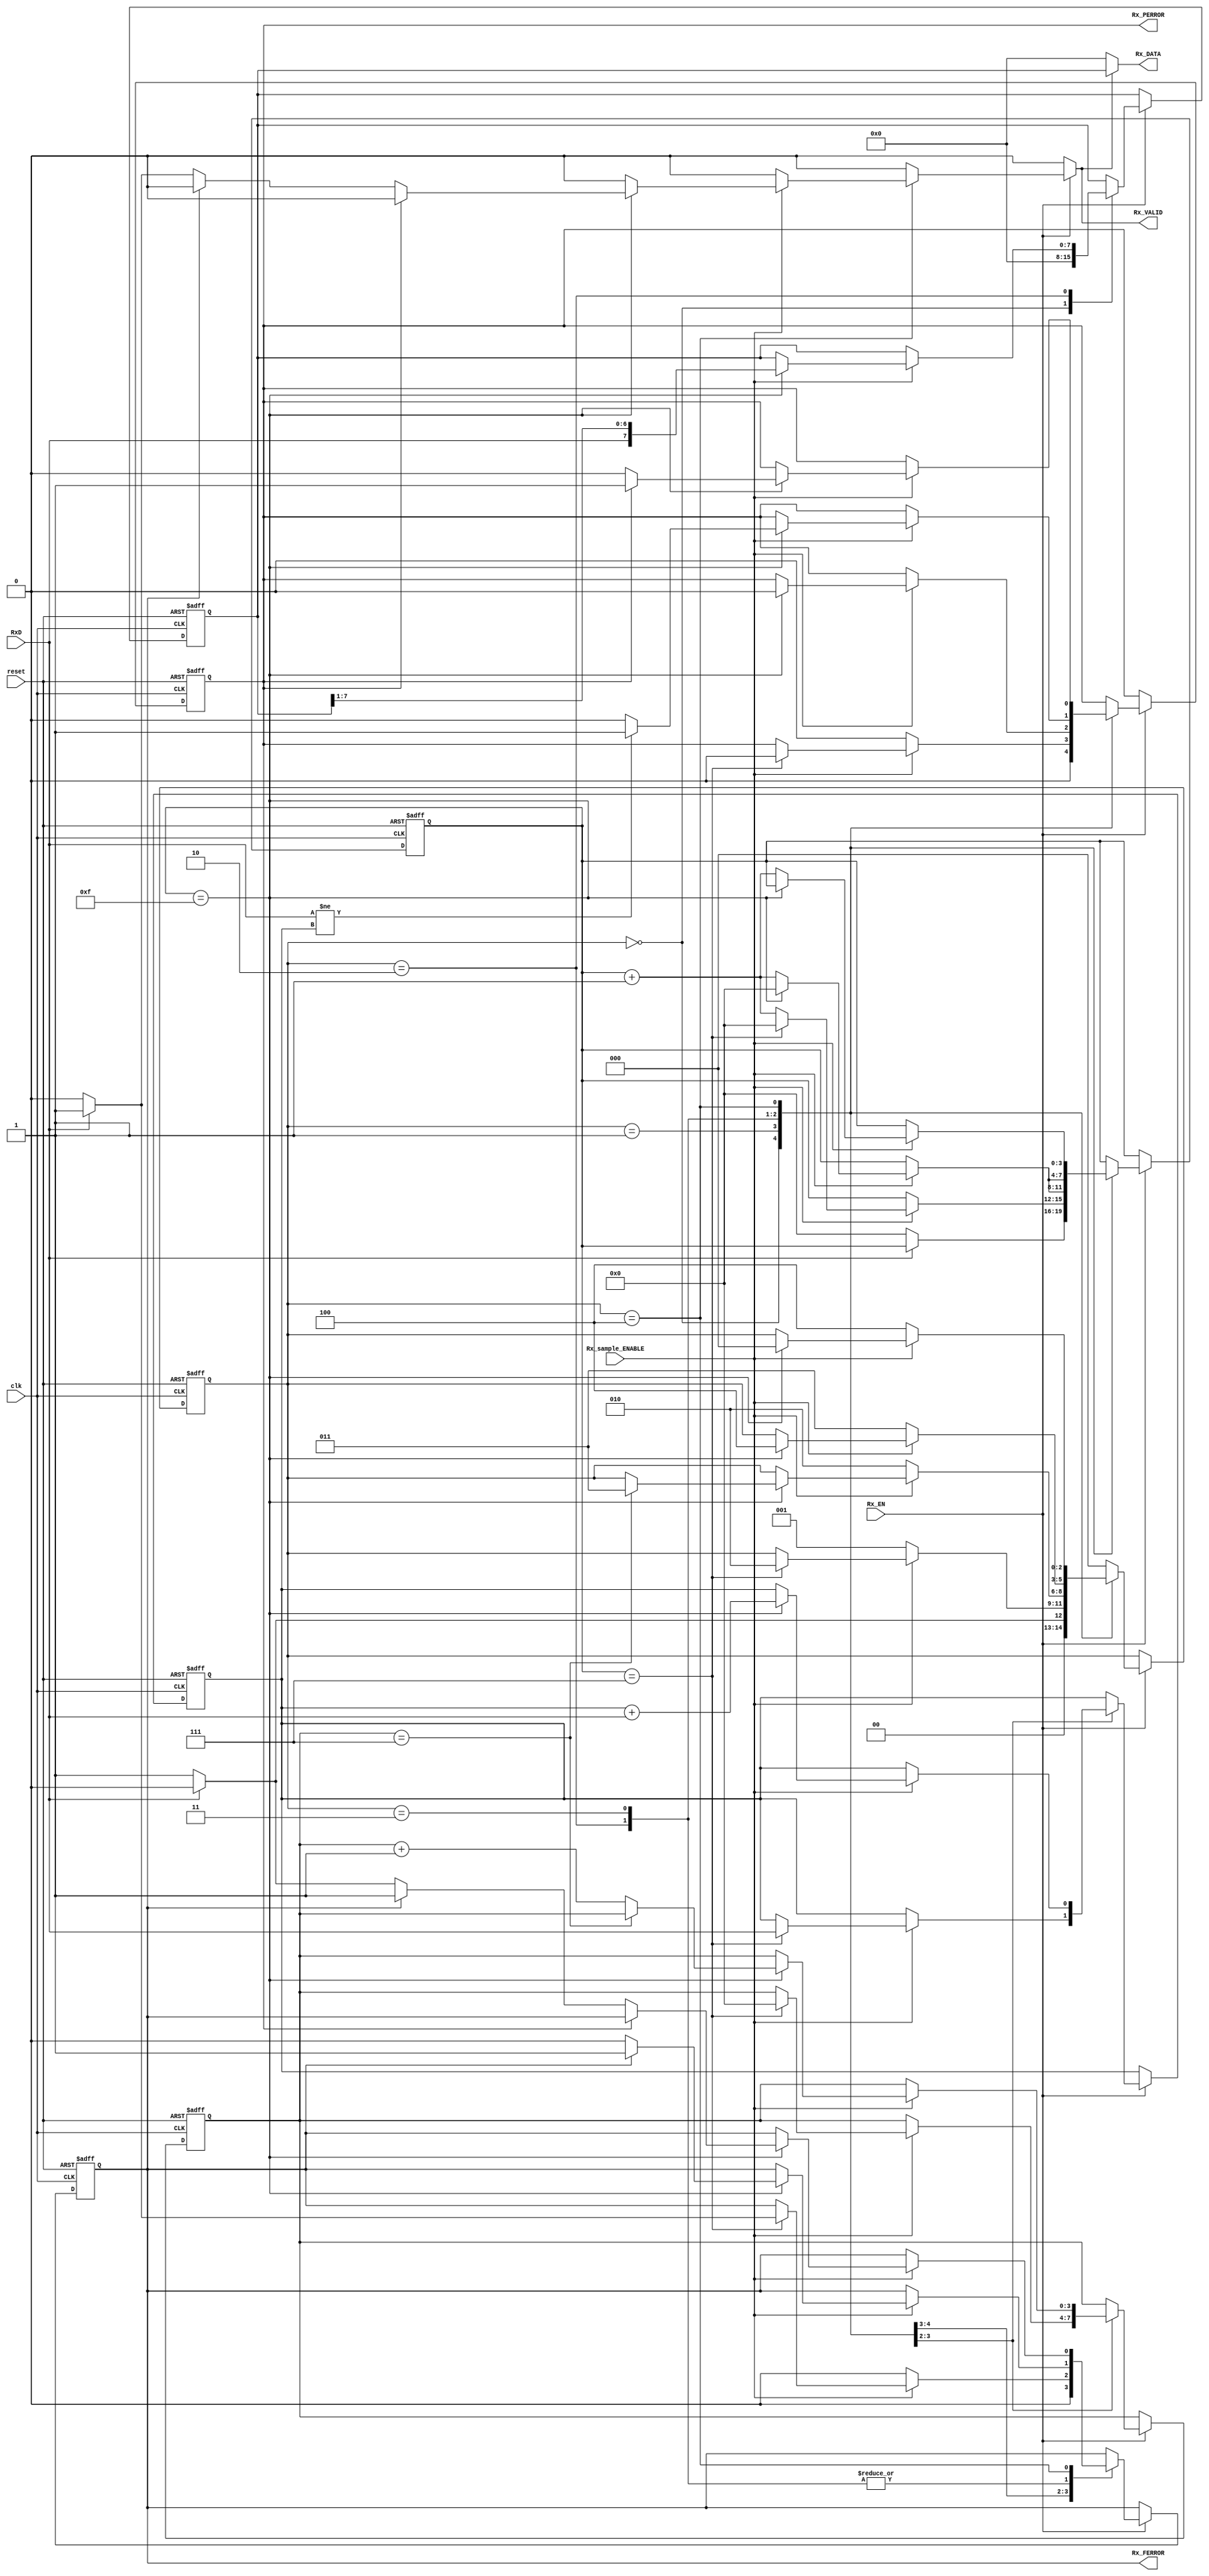
`timescale 1ns / 1ps

module uart_receiver_FSM(reset, clk, Rx_DATA, Rx_EN, RxD, Rx_sample_ENABLE, Rx_FERROR, Rx_PERROR, Rx_VALID);
input reset, clk;
input Rx_EN;
input RxD;
input Rx_sample_ENABLE;
output [7:0] Rx_DATA;
output Rx_FERROR; // Framing Error //
output Rx_PERROR; // Parity Error //
output Rx_VALID; // Rx_DATA is Valid //

wire [7:0] Rx_DATA;
wire Rx_PERROR, Rx_FERROR, Rx_VALID;
reg Rx_PERROR_reg, Rx_PERROR_reg_next, Rx_FERROR_reg, Rx_FERROR_reg_next;
reg [2:0] decision, decision_next;//decision stands for state and decision_next for next_state
reg [3:0] count_n, count_s, count_n_next, count_s_next;
reg [7:0] buffer, buffer_next;
reg add, add_next;//used to check if the parity bit is being transmitted correctly
reg flag;//used to assign the value to Rx_DATA only when it is valid
reg [7:0] Rx_DATA_reg;

/*Declare the states in the fsm*/
parameter 	idle = 0,
			start = 1,
			trans = 2,
			parity = 3,
			stop = 4;


/*Sequential logic*/
always@ (posedge clk or posedge reset) begin
	if(reset) begin
		decision <= idle;
		count_n <= 4'b0000;
		count_s <= 4'b0000;
		buffer <= 8'b00000000;
		add <= 1'b0;
		Rx_PERROR_reg <= 1'b0;
		Rx_FERROR_reg <= 1'b0;
	end
	else begin
		decision <= decision_next;
		count_n <= count_n_next;
		count_s <= count_s_next;
		buffer <= buffer_next;
		add <= add_next;
		Rx_FERROR_reg <= Rx_FERROR_reg_next;
		Rx_PERROR_reg <= Rx_PERROR_reg_next;
	end
end

/*Combinational logic*/
always@ (RxD or Rx_EN or decision or Rx_sample_ENABLE or count_s or count_n or buffer or add or Rx_FERROR_reg or Rx_PERROR_reg) begin
	Rx_PERROR_reg_next = Rx_PERROR_reg;
	Rx_FERROR_reg_next = Rx_FERROR_reg;
	decision_next = decision;
	count_n_next = count_n;
	count_s_next = count_s;
	buffer_next = buffer;
	add_next = add;
	flag = 0;
	if(Rx_EN) begin
		case(decision)
		idle: begin
				if(~RxD) begin
					count_s_next = 0;
					buffer_next = 0;
					decision_next = start;
					Rx_FERROR_reg_next = 1'b0;
					Rx_PERROR_reg_next = 1'b0;
				end
				else begin
					decision_next = idle;
					buffer_next = 0;
					Rx_FERROR_reg_next = 1'b0;
					Rx_PERROR_reg_next = 1'b0;
				end
			  end
		start: begin
				   if(Rx_sample_ENABLE) begin
					   if(count_s == 7) begin
						   add_next = RxD;
						   count_s_next = 0;
						   count_n_next = 0;
						   decision_next = trans;
						   if(~RxD) begin
							   Rx_FERROR_reg_next = 1'b0;
							   Rx_PERROR_reg_next = 1'b0;
						   end
						   else begin
							   Rx_FERROR_reg_next = 1'b1;
							   Rx_PERROR_reg_next = 1'b0;
						   end
					   end
					   else begin
						   count_s_next = count_s + 1;
					   end
				   end
				   else begin
					   decision_next = start;
					   Rx_FERROR_reg_next = 1'b0;
					   Rx_PERROR_reg_next = 1'b0;
				   end
			   end
		trans: begin
				   if(Rx_sample_ENABLE) begin
					   if(count_s == 15) begin
						   if(Rx_FERROR_reg) begin
							   Rx_FERROR_reg_next = 1'b1;
							   Rx_PERROR_reg_next = 1'b0;
						   end
						   else begin
							   Rx_FERROR_reg_next = 1'b0;
							   Rx_PERROR_reg_next = 1'b0;
						   end
						   add_next = add + RxD;
						   count_s_next = 0;
						   buffer_next = {RxD, buffer[7:1]};
						   if(count_n == 7)
							   decision_next = parity;
						   else 
							   count_n_next = count_n + 1;
					   end
					   else
						   count_s_next = count_s + 1;
				   end
				   else begin
					   decision_next = trans;
				   end
			   end
		parity: begin
					if(Rx_sample_ENABLE) begin
						if(count_s == 15) begin
							count_s_next = 4'b0000;
							if(Rx_FERROR_reg)
								Rx_FERROR_reg_next = 1'b1;
							else
								Rx_FERROR_reg_next = 1'b0;
							if(RxD != add) begin
								Rx_PERROR_reg_next = 1'b1;
							end
							else begin
								Rx_PERROR_reg_next = 1'b0;
							end
							decision_next = stop;
						end
						else
							count_s_next = count_s + 4'b0001;
					end
					else begin
						decision_next = parity;
					end
				end
		stop: begin
				  if(Rx_sample_ENABLE) begin
					  if(count_s == 15) begin
						if(Rx_PERROR_reg) begin
							Rx_PERROR_reg_next = 1'b1;
						end
						else if(Rx_FERROR_reg) begin
							Rx_FERROR_reg_next = 1'b1;
						end
						else if((RxD)) begin
							flag = 1;
							Rx_FERROR_reg_next = 1'b0;
							Rx_PERROR_reg_next = 1'b0;
						end
						else begin
							Rx_FERROR_reg_next = 1'b1;
						end
							decision_next = idle;
					  end
					  else
						  count_s_next = count_s + 1;
				  end
				  else
					  decision_next = stop;
			  end
		default: decision_next = idle;
	endcase
    end
end

assign Rx_FERROR = Rx_FERROR_reg;
assign Rx_PERROR = Rx_PERROR_reg;

/*Checks if there are errors and then assigns the right value to Rx_VALID,for 1 clock cycle*/
assign Rx_VALID = flag;

/*Checks if the data that were received are valid and then stores them inside Rx_DATA*/
always@ (Rx_VALID or buffer) begin
	if(Rx_VALID) begin
		Rx_DATA_reg = buffer;
	end
	else
	   Rx_DATA_reg = 0;
end

assign Rx_DATA = Rx_DATA_reg;

endmodule